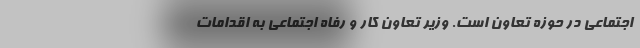
اجتماعی در حوزه تعاون است. وزیر تعاون کار و رفاه اجتماعی به اقدامات